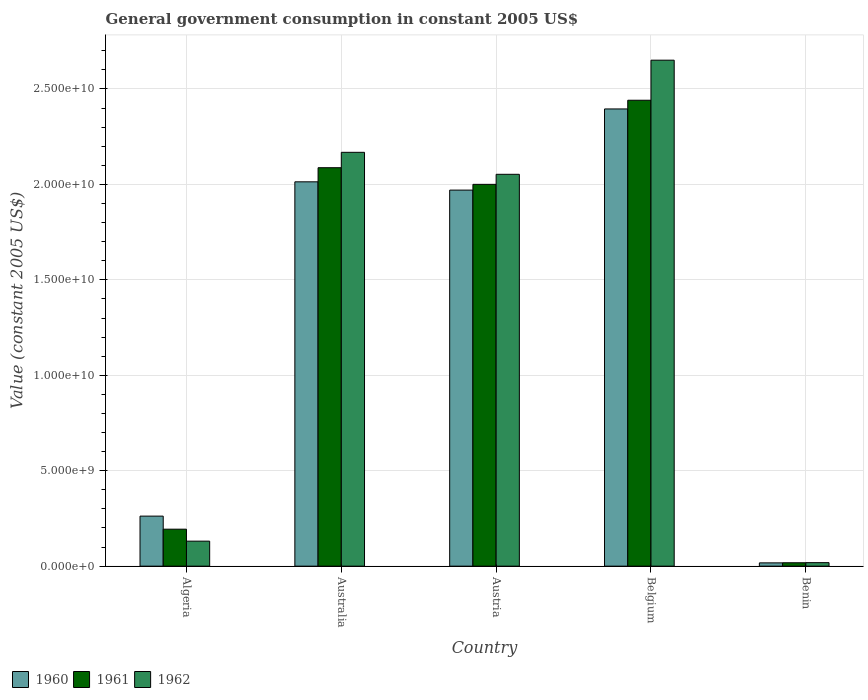
| Country | 1960 | 1961 | 1962 |
 | --- | --- | --- | --- |
 | Algeria | 2.62e+09 | 1.94e+09 | 1.31e+09 |
 | Australia | 2.01e+10 | 2.09e+10 | 2.17e+10 |
 | Austria | 1.97e+10 | 2e+10 | 2.05e+10 |
 | Belgium | 2.4e+10 | 2.44e+10 | 2.65e+10 |
 | Benin | 1.73e+08 | 1.79e+08 | 1.85e+08 |